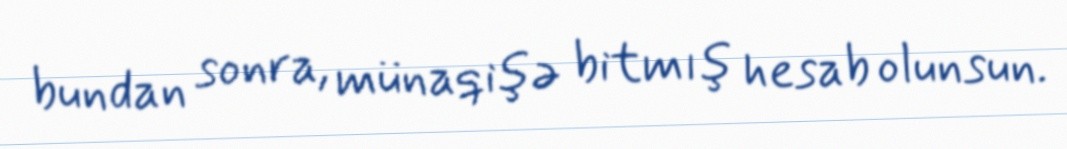
bundan sonra, münaqişə bitmış hesab olunsun.